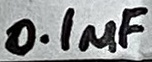
Text: 0.1µF